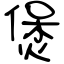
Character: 煲